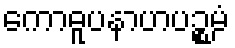
ကောဓူပနာဟပဉ္စမံ